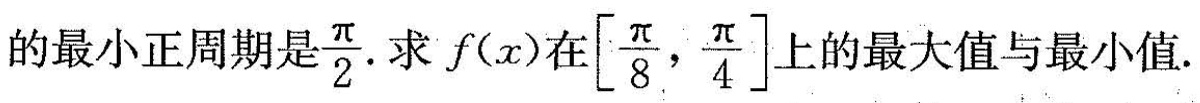
的最小正周期是 \frac{ π }{2} 求 f(x) 在 [ \frac{π}{8}，\frac{π}{4} ]上的最大值与最小值.